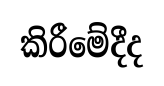
කිරීමේදීද